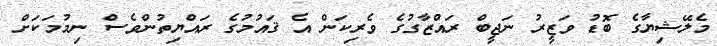
މެލޭޝިޔާގެ ބޮޑު ވަޒީރު ނަޖީބް ރައްޒާގުގެ ވެރިކަން އެ ޤައުމުގެ ރައްޔިތުންވެސް ނިމުމަކަށް